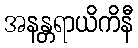
အနန္တရာယိကိနီ